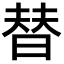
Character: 替